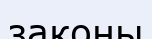
законы